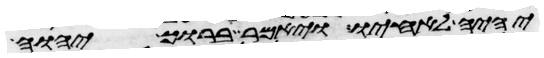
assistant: יהיה לאחיו ויאמר ברוך יהוה